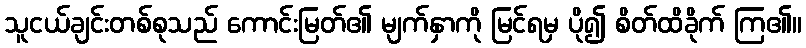
သူငယ်ချင်းတစ်စုသည် ကောင်းမြတ်၏ မျက်နှာကို မြင်ရမှ ပို၍ စိတ်ထိခိုက် ကြ၏။